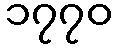
၁၇၇၀